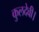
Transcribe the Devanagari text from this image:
कुलदेवी।